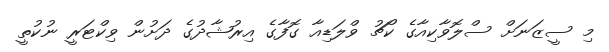
މި ސީޒަނަށް ސްލޮވާކިއާގެ ކޯޗު ވްލަޑިއާ ގޮފާގެ އިރުޝާދުގެ ދަށުން ވިކްޓަރީ ނުކުތީ